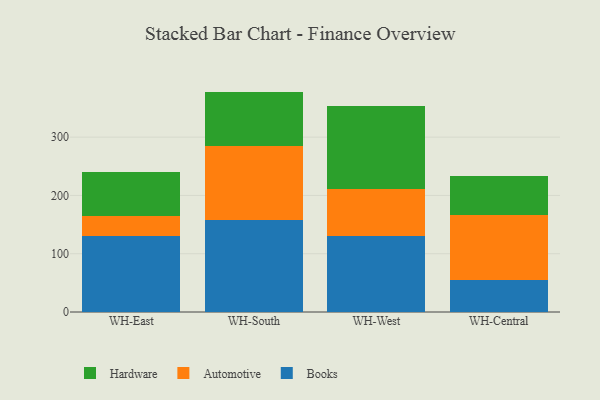
{"axis": {"x": "Warehouse", "y": "Conversion Rate (%)"}, "legend": ["Automotive", "Books", "Hardware"], "data": [{"x": "WH-East", "y": 130.5, "type": "Books"}, {"x": "WH-East", "y": 34.3, "type": "Automotive"}, {"x": "WH-East", "y": 75.1, "type": "Hardware"}, {"x": "WH-South", "y": 157.6, "type": "Books"}, {"x": "WH-South", "y": 127.9, "type": "Automotive"}, {"x": "WH-South", "y": 92.6, "type": "Hardware"}, {"x": "WH-West", "y": 130.1, "type": "Books"}, {"x": "WH-West", "y": 80.3, "type": "Automotive"}, {"x": "WH-West", "y": 143.5, "type": "Hardware"}, {"x": "WH-Central", "y": 55.1, "type": "Books"}, {"x": "WH-Central", "y": 111.3, "type": "Automotive"}, {"x": "WH-Central", "y": 66.9, "type": "Hardware"}]}